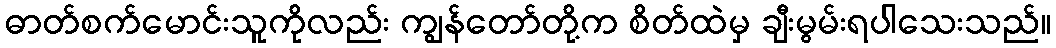
ဓာတ်စက်မောင်းသူကိုလည်း ကျွန်တော်တို့က စိတ်ထဲမှ ချီးမွမ်းရပါသေးသည်။